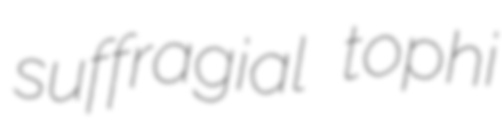
suffragial tophi